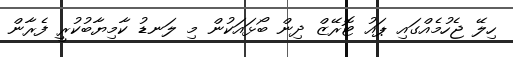
ހިލޭ ޖެހުމެއްގައި ޕައު ޓޮރޭޒް ދިން ބޯޅައަކުން މި ލަނޑު ކާމިޔާބުކުރީ ފެރާން